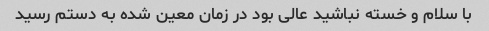
با سلام و خسته نباشید عالی بود در زمان معین شده به دستم رسید